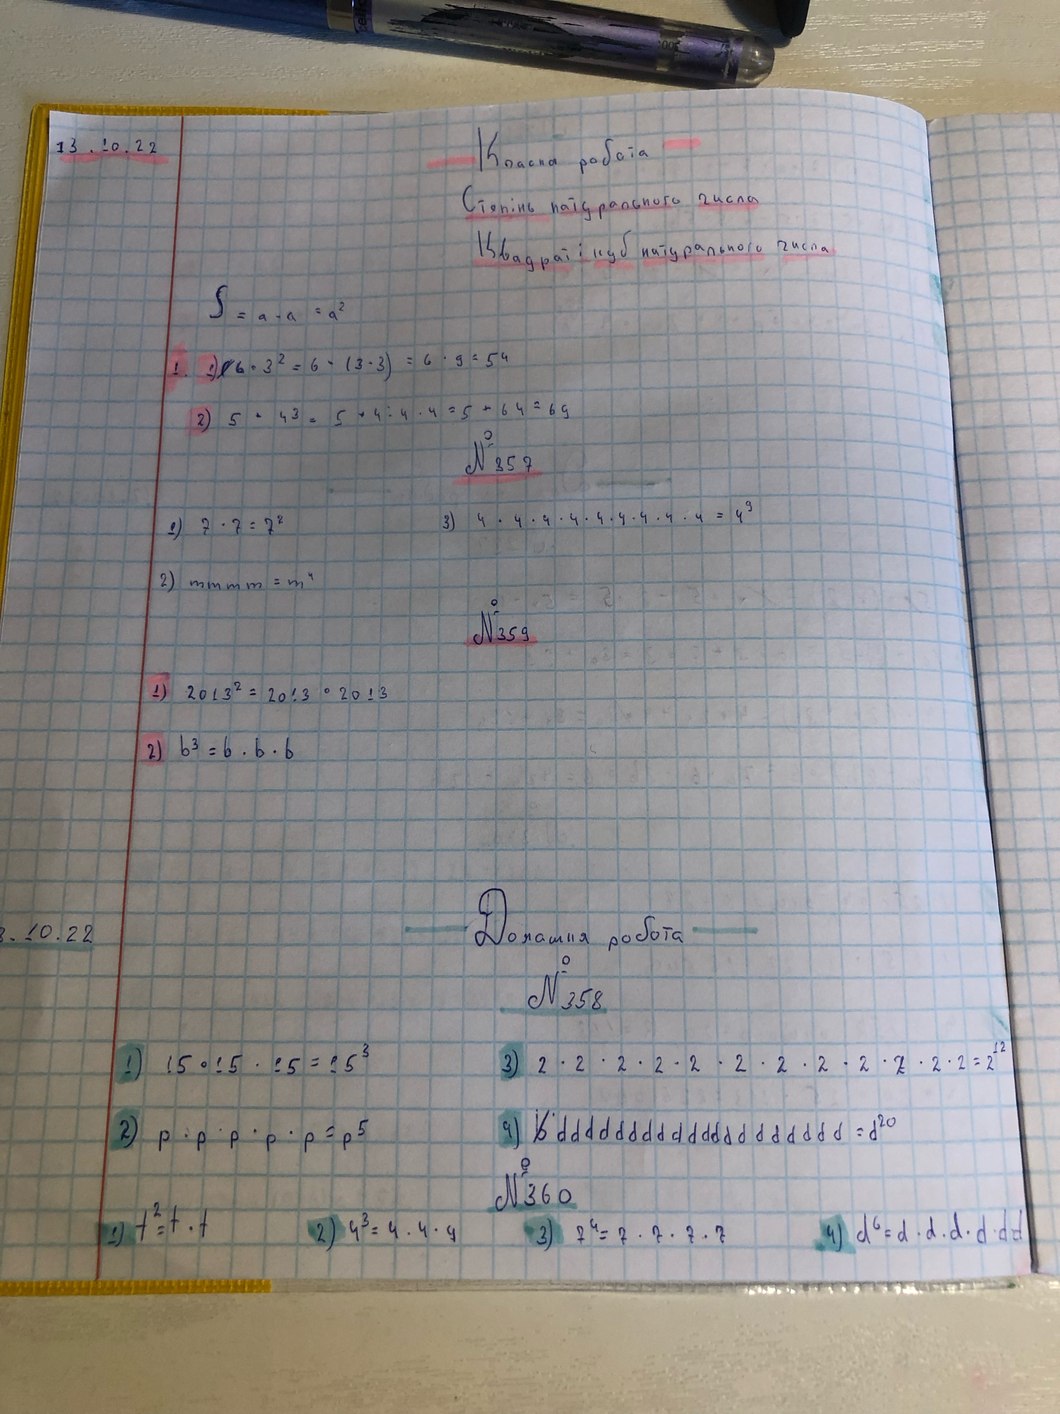
Класна робота
13.10.22
Степінь натурального числа
Квадрат і куб натурального числа
S = a \cdot a = a^2
1. \quad 1) \quad 6 \cdot 3^2 = 6 \cdot (3 \cdot 3) = 6 \cdot 9 = 54
2) \quad 5 + 4^3 = 5 + 4 \cdot 4 \cdot 4 = 5 + 64 = 69
№357
3) \quad 4 \cdot 4 \cdot 4 \cdot 4 \cdot 4 \cdot 4 \cdot 4 \cdot 4 \cdot 4 = 4^9
1) \quad 7 \cdot 7 = 7^2
2) \ m = m^4
№ 359
1) \quad 2013^2 = 20 :3 \cdot 2013
2) \ b^3 = b \cdot b \cdot b
Домашня робота
3.10.22
№358
1) \ 15 \cdot 15 \cdot 15 = 15^3
3) \ 2 \cdot 2 \cdot 2 \cdot 2 \cdot 2 \cdot 2 \cdot 2 \cdot 2 \cdot 2 \cdot 2 \cdot 2 \cdot 2 = 2^{12}
2) \quad p \cdot p \cdot p \cdot p \cdot p = p^5
a) ~~b~~\ d \cdot d \cdot d \cdot d \cdot d \cdot d \cdot d \cdot d \cdot d \cdot d \cdot d \cdot d \cdot d \cdot d \cdot d \cdot d \cdot d \cdot d \cdot d \cdot d = d^{20}
№ 358
t^2 = t \cdot t
4) \ d^6 = d \cdot d \cdot d \cdot d \cdot d \cdot d
2) \ 4^3 = 4 \cdot 4 \cdot 4
3) \quad 7^4 = 7 \cdot 7 \cdot 7 \cdot 7